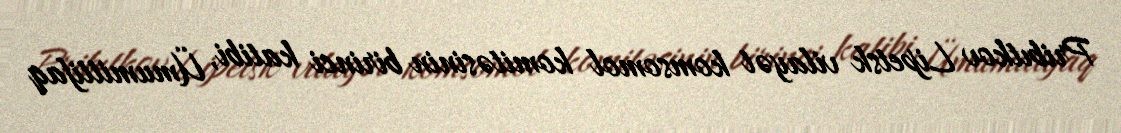
Pribıtkov Lipetsk vilayət komsomol komitəsinin birinci katibi, Ümumittifaq